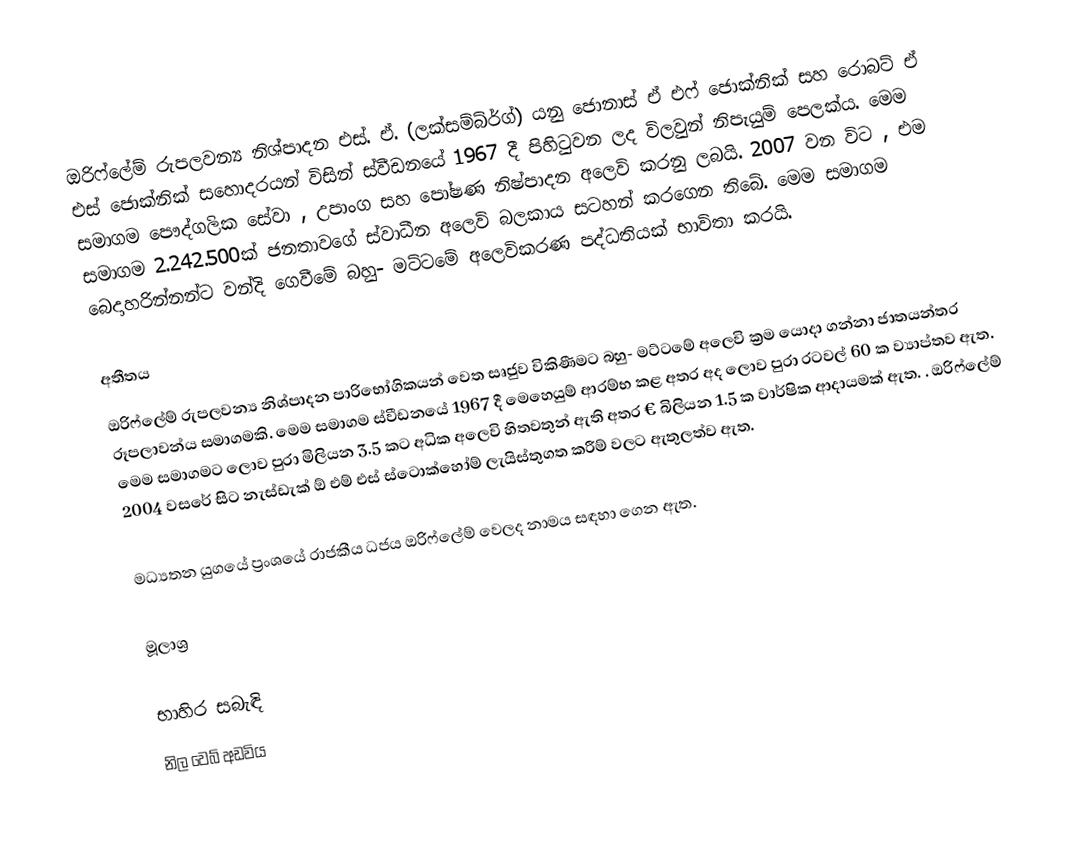
ඔරිෆ්ලේම් රුපලවන්‍ය නිශ්පාදන එස්. ඒ. (ලක්සම්බ්ර්ග්) යනු ජොනාස් ඒ එෆ් ජොක්නික් සහ රොබට් ඒ එස් ජොක්නික් සහොදරයන් විසින් ස්වීඩනයේ 1967 දී පිහිටුවන ලද විලවුන් නිපැයුම් පෙලක්ය. මෙම සමාගම පෞද්ගලික සේවා , උපාංග සහ පෝෂණ නිෂ්පාදන අලෙවි කරනු ලබයි. 2007 වන විට , එම සමාගම 2.242.500ක් ජනතාවගේ ස්වාධීන අලෙවි බලකාය සටහන් කරගෙන තිබේ. මෙම සමාගම බෙදාහරින්නන්ට වන්දි ගෙවීමේ බහු- මට්ටමේ අලෙවිකරණ පද්ධතියක් භාවිතා කරයි.

අතීතය
ඔරිෆ්ලේම් රුපලවන්‍ය නිශ්පාදන පාරිභෝගිකයන් වෙත සෘජුව විකිණීමට බහු- මට්ටමේ අලෙවි ක්‍රම යොදා ගන්නා ජාතයන්තර රූපලාවන්ය සමාගමකි. මෙම සමාගම ස්වීඩනයේ 1967 දී මෙහෙයුම් ආරම්භ කළ අතර අද ලොව පුරා රටවල් 60 ක ව්‍යාප්තව  ඇත. මෙම සමාගමට ලොව පුරා මිලියන 3.5 කට අධික අලෙවි හිතවතුන් ඇති අතර € බිලියන 1.5 ක වාර්ෂික ආදායමක් ඇත. . ඔරිෆ්ලේම් 2004 වසරේ සිට නැස්ඩැක් ඕ එම් එස් ස්ටොක්හෝම් ලැයිස්තුගත කරීම් වලට ඇතුලත්ව  ඇත.

මධ්‍යතන යුගයේ ප්‍රංශයේ රාජකීය ධජය ඔරිෆ්ලේම් වෙලද නාමය සඳහා ගෙන ඇත.

මූලාශ්‍ර

භාහිර සබැඳි
නිල වෙබ් අඩවිය